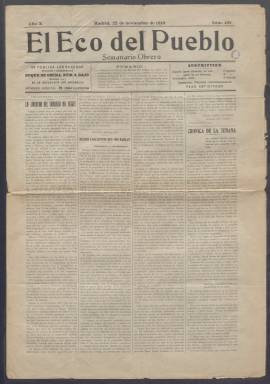
Título: El Eco del pueblo (Madrid)
Colección: Periódicos
Ámbito geográfico: Madrid
Lugar de publicación: Madrid
Fechas: 22/11/1919-26/11/1921